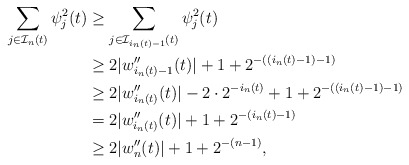
\begin{align*} \sum_{j \in \mathcal{I}_n(t)} \psi_j^2 (t) & \geq \sum_{j \in \mathcal{I}_{i_n(t)-1}(t)} \psi_j^2 (t) \\& \geq 2 |w_{i_n(t)-1}''(t)| + 1 + 2^{-((i_n(t)-1)-1)} \\& \geq 2|w_{i_n(t)}''(t)| - 2 \cdot 2^{-i_n(t)} + 1 + 2^{-((i_n(t)-1)-1)} \\& = 2|w_{i_n(t)}''(t)| +1 + 2^{-(i_n(t)-1)} \\& \geq 2|w_n''(t)| + 1 + 2^{-(n-1)},\end{align*}